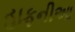
હાફનીઆ